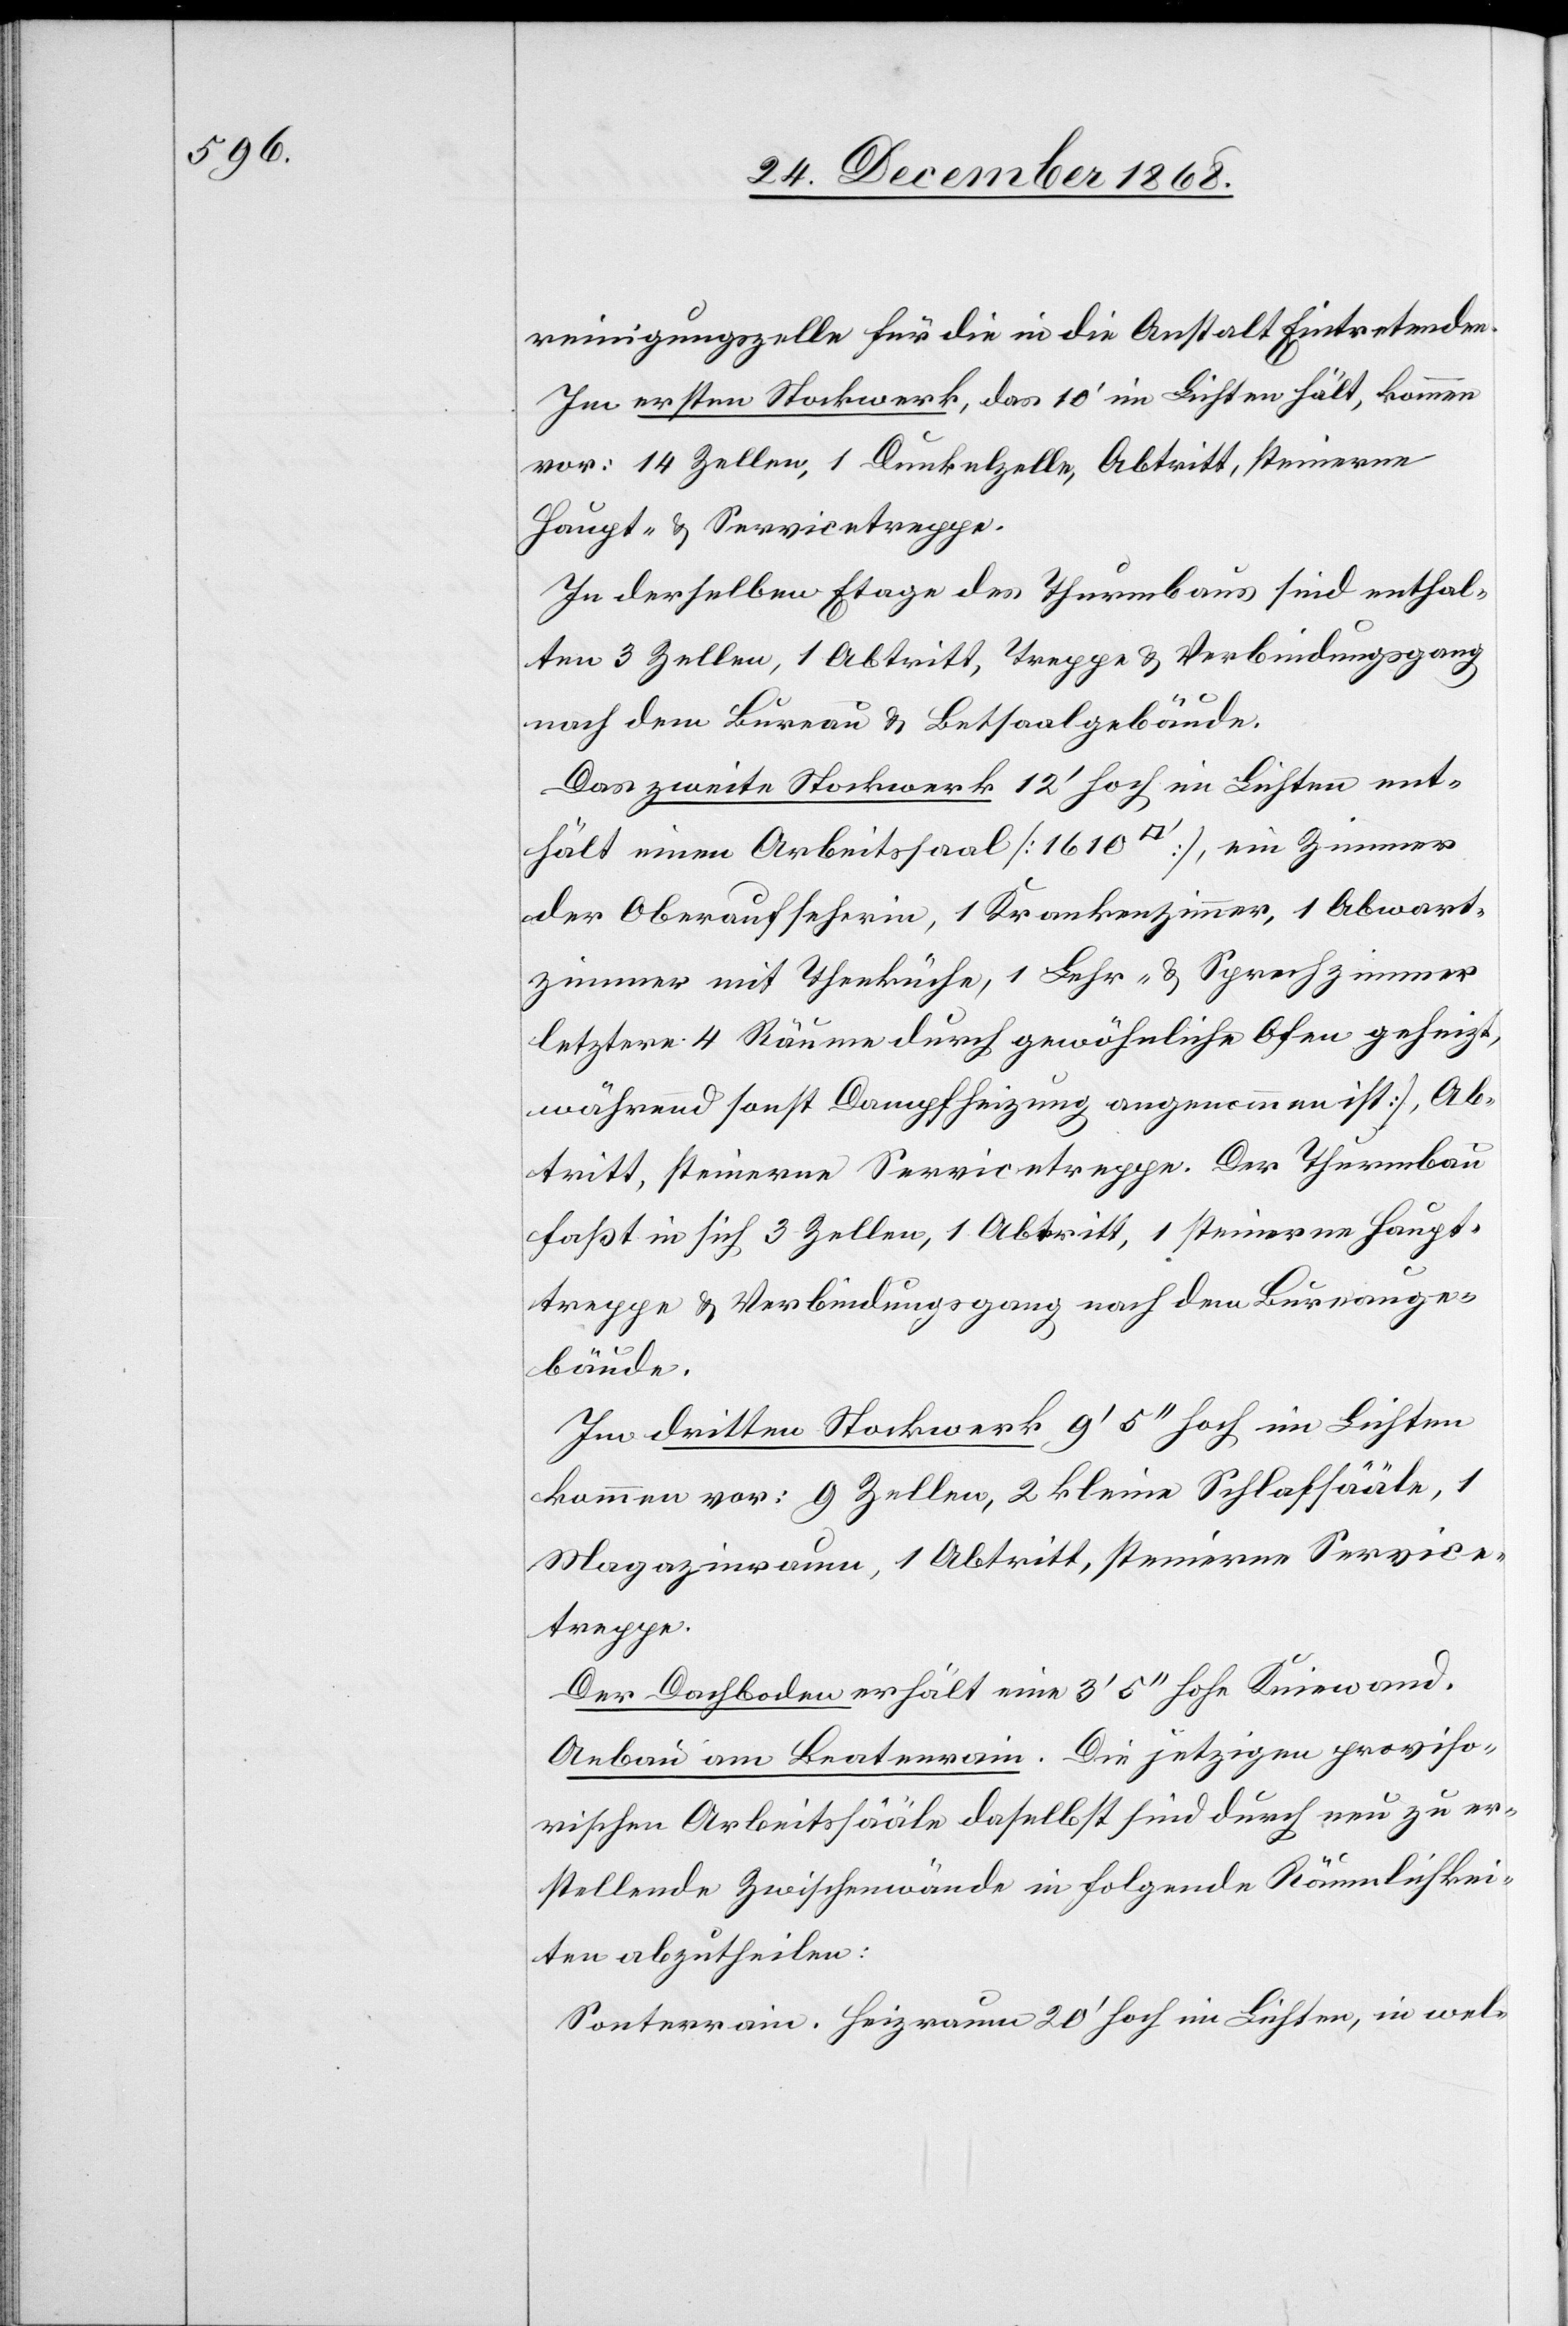
[der]reinigungszelle für die in die Anstalt Eintretenden.
Im ersten Stockwerk, das 10‘ im Lichten hält, kommen
vor: 14 Zellen, 1 Dunkelzelle, Abtritt, steinerne
Haupt- & Servicetreppe.
In derselben Etage des Thurmbaus sind enthal¬
ten 3 Zellen, 1 Abtritt, Treppe & Verbindungsgang
nach dem Bureau & Betsaalgebäude.
Das zweite Stockwerk 12‘ hoch im Lichten ent¬
hält einen Arbeitssaal [1610 [Quadratfuß]], ein Zimmer
der Oberaufseherin, 1 Krankenzimmer, 1 Abwart¬
zimmer mit Theeküche, 1 Lehr- & Sprechzimmer
[]letztere 4 Räume durch gewöhnliche Ofen geheizt,
während sonst Dampfheizung angenommen ist], Ab¬
tritt, steinerne Servicetreppe. Der Thurmbau
faßt in sich 3 Zellen, 1 Abtritt, 1 steinerne Haupt¬
treppe & Verbindungsgang nach dem Bureauge¬
bäude.
Im dritten Stockwerk 9‘ 5‘‘ hoch im Lichten
kommen vor: 9 Zellen, 2 kleine Schlafsääle, 1
Magazinraum, 1 Abtritt, steinerne Service¬
treppe.
Der Dachboden erhält eine 3‘ 5‘‘ hohe Kniewand.
Anbau am Beatenrain. Die jetzigen proviso¬
rischen Arbeitssääle daselbst sind durch neu zu er¬
stellende Zwischenwände in folgende Räumlichkei¬
ten abzutheilen:
Souterrain. Heizraum 20‘ hoch im Lichten, in wel-